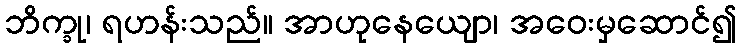
ဘိက္ခု၊ ရဟန်းသည်။ အာဟုနေယျော၊ အဝေးမှဆောင်၍